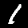
Label: 1